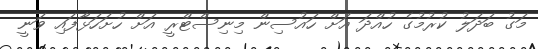
މަގު ބަދަލު ކުރުމުގެ ހުއްދަ އަށް ހައުސިން މިނިސްޓްރީ އަށް ހުށަހަޅާފައި ވަނީ